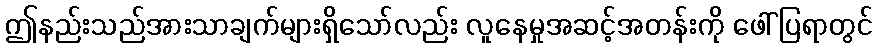
ဤနည်းသည်အားသာချက်များရှိသော်လည်း လူနေမှုအဆင့်အတန်းကို ဖေါ်ပြရာတွင်